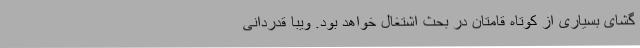
گشای بسیاری از کوتاه قامتان در بحث اشتغال خواهد بود. ویبا قدردانی